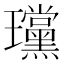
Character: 𪼲